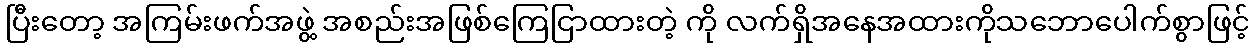
ပြီးတော့ အကြမ်းဖက်အဖွဲ့ အစည်းအဖြစ်ကြေငြာထားတဲ့ ကို လက်ရှိအနေအထားကိုသဘောပေါက်စွာဖြင့်